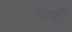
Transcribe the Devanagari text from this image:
पार्थ।